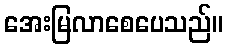
အေးမြလာစေပေသည်။